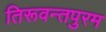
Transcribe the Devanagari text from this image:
तिरूवन्तपुरम